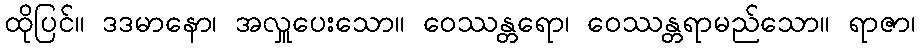
ထိုပြင်။ ဒဒမာနော၊ အလှူပေးသော။ ဝေဿန္တရော၊ ဝေဿန္တရာမည်သော။ ရာဇာ၊